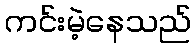
ကင်းမဲ့နေသည်